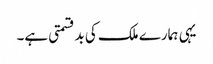
یہی ہمارے ملک کی بدقسمتی ہے۔